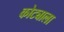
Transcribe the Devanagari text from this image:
कोट्याला